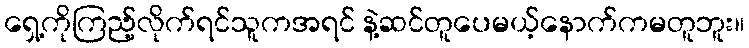
ရှေ့ကိုကြည့်လိုက်ရင်သူကအရင် နဲ့ဆင်တူပေမယ့်နောက်ကမတူဘူး။